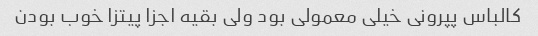
کالباس پپرونی خیلی معمولی بود ولی بقیه اجزا پیتزا خوب بودن